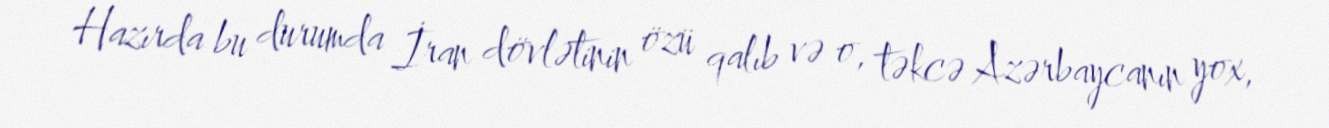
Hazırda bu durumda İran dövlətinin özü qalıb və o, təkcə Azərbaycanın yox,